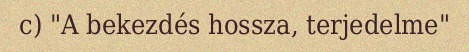
c) "A bekezdés hossza, terjedelme"